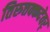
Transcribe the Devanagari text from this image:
तिरुत्तक्कदेवर्